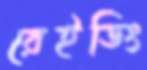
রেইডিং